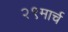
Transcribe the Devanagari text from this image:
२९मार्च